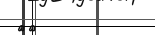
٣٦